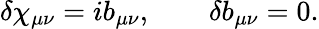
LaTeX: \delta\chi_{\mu\nu}=ib_{\mu\nu},\qquad\delta b_{\mu\nu}=0.